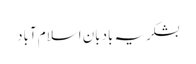
بشکریہ بادبان اسلام آباد